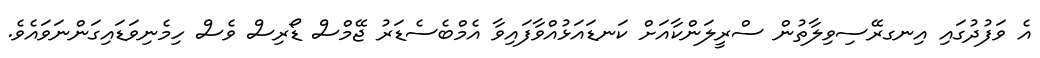
އެ ވަފުދުގައި އިނގރޭސިވިލާތުން ސްރީލަންކާއަށް ކަނޑައަޅުއްވާފައިވާ އެމްބެސެޑަރު ޖޭމްސް ޑޯރިސް ވެސް ހިމެނިވަޑައިގަންނަވައެވެ.